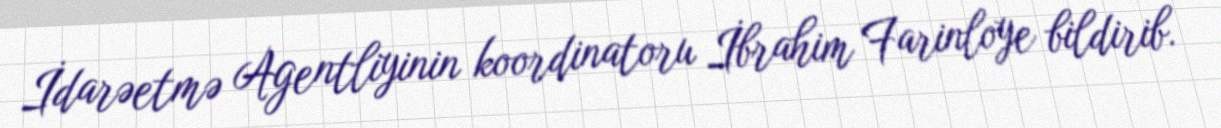
İdarəetmə Agentliyinin koordinatoru İbrahim Farinloye bildirib.